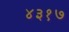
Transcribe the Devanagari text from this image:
४३१७